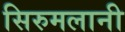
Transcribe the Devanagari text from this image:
सिरुमलानी